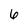
Character: 6